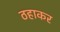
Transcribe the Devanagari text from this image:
ठहाकर